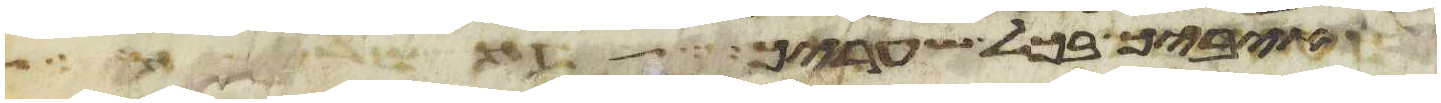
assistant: איביך בכל שעריך